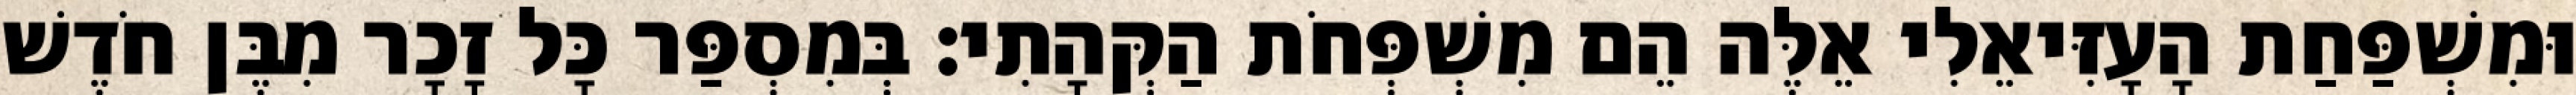
וּמִשְׁפַּחַת הָעָזִּיאֵלִי אֵלֶּה הֵם מִשְׁפְּחֹת הַקְּהָתִי׃ בְּמִסְפַּר כָּל זָכָר מִבֶּן חֹדֶשׁ